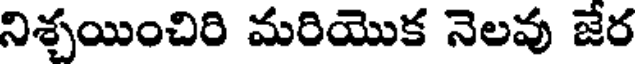
నిశ్చయించిరి మరియొక నెలవు జేర